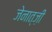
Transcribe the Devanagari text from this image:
जेनात्ज़ी